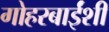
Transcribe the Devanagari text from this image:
गोहरबाईंशी